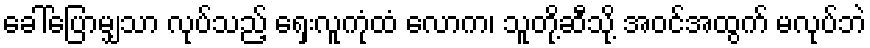
ခေါ်ပြောမျှသာ လုပ်သည့် ရှေးလူကုံထံ လောက၊ သူတို့ဆီသို့ အဝင်အထွက် မလုပ်ဘဲ